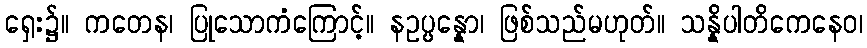
ရှေး၌။ ကတေန၊ ပြုသောကံကြောင့်။ နဥပ္ပန္နော၊ ဖြစ်သည်မဟုတ်။ သန္နိပါတိကေနေဝ၊